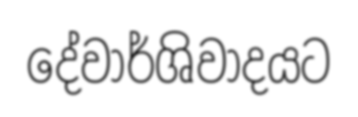
දේවාර්ශිවාදයට